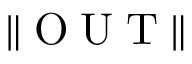
\| \scriptsize { \mathrm { ~ O ~ U ~ T ~ } } \|